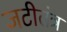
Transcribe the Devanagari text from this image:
जटीतंत्र